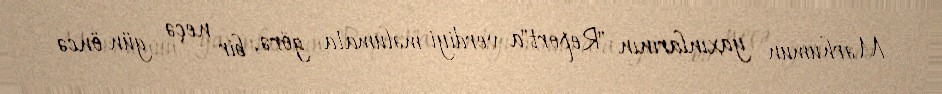
Mərhumun yaxınlarının "Report"a verdiyi məlumata görə, bir neçə gün öncə